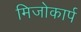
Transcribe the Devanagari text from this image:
मिजोकार्प